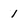
Character: 1